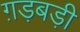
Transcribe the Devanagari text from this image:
ग़ड़बड़ी